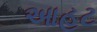
આહટ